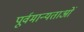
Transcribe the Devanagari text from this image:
पूर्वमान्यताओं